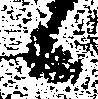
候